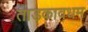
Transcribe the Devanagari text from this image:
ताडकावधम